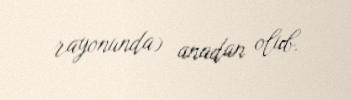
rayonunda) anadan olub.